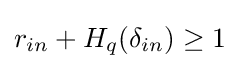
r_{in}+H_{q}(\delta _{in})\geq 1